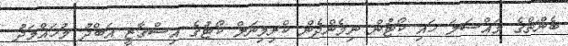
ބެންޗްގެ މައްސަލަ ހައި ކޯޓުން ނިމެންދެން ކްރިމިނަލް ކޯޓުގެ އިސްގާޒީ އަބްދު މުހައްމަދު